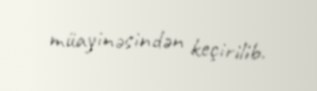
müayinəsindən keçirilib.